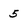
Character: 5